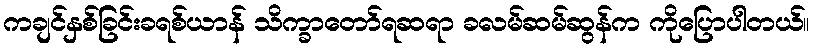
ကချင်နှစ်ခြင်းခရစ်ယာန် သိက္ခာတော်ရဆရာ ခလမ်ဆမ်ဆွန်က ကိုပြောပါတယ်။